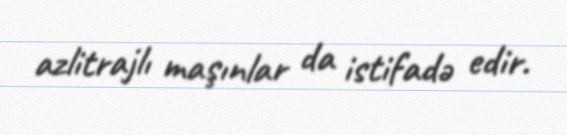
azlitrajlı maşınlar da istifadə edir.